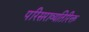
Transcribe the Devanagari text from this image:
परिसराव्यतिरिक्त